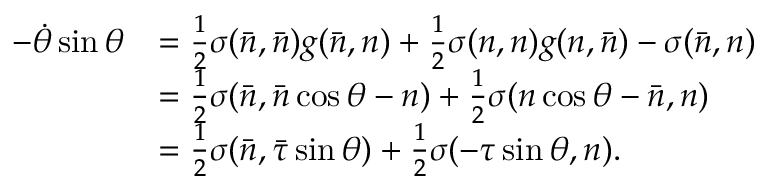
\begin{array} { r l } { - \dot { \theta } \sin \theta } & { = \frac { 1 } { 2 } \sigma ( \bar { n } , \bar { n } ) g ( \bar { n } , n ) + \frac { 1 } { 2 } \sigma ( n , n ) g ( n , \bar { n } ) - \sigma ( \bar { n } , n ) } \\ & { = \frac { 1 } { 2 } \sigma ( \bar { n } , \bar { n } \cos \theta - n ) + \frac { 1 } { 2 } \sigma ( n \cos \theta - \bar { n } , n ) } \\ & { = \frac { 1 } { 2 } \sigma ( \bar { n } , \bar { \tau } \sin \theta ) + \frac { 1 } { 2 } \sigma ( - \tau \sin \theta , n ) . } \end{array}